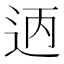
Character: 𫐣